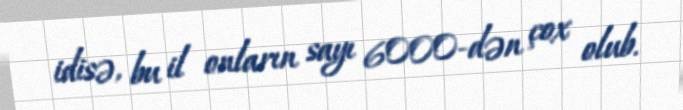
idisə, bu il onların sayı 6000-dən çox olub.